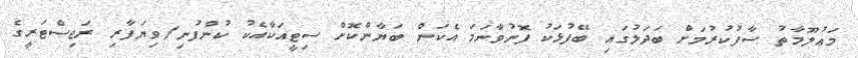
މަޢުލޫމާތު ސާފުކުރުމަށް ބަދަލުގައި ބޭފުޅަކު ފޮނުވާނަމަ އެކަން ބަޔާންކޮށް ސިޓީއަކާއެކު ކުންފުނި/ވިޔަފާރި ރަޖިސްޓަރީގެ